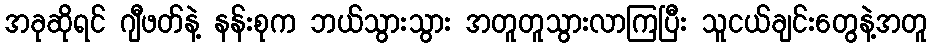
အခုဆိုရင် ဂျီဖတ်နဲ့ နန်းစုက ဘယ်သွားသွား အတူတူသွားလာကြပြီး သူငယ်ချင်းတွေနဲ့အတူ